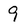
Character: 9